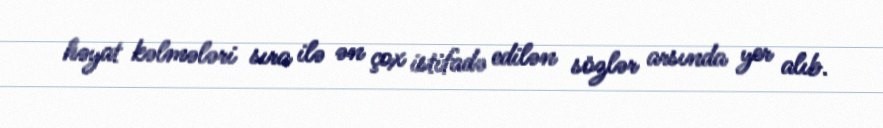
həyat kəlmələri sıra ilə ən çox istifadə edilən sözlər arsında yer alıb.